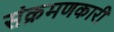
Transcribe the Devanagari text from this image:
संक्रमणकारी